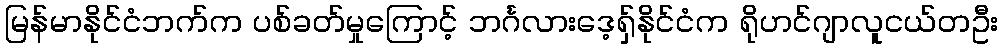
မြန်မာနိုင်ငံဘက်က ပစ်ခတ်မှုကြောင့် ဘင်္ဂလားဒေ့ရှ်နိုင်ငံက ရိုဟင်ဂျာလူငယ်တဦး